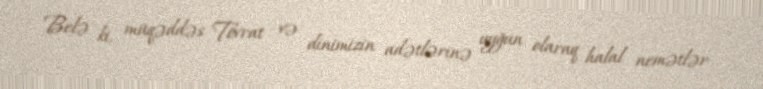
Belə ki, müqəddəs Tövrat və dinimizin adətlərinə uyğun olaraq halal nemətlər